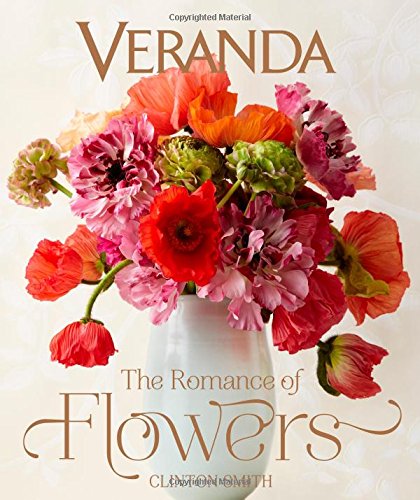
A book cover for Veranda The Romance of Flowers; Clinton Smith; Crafts, Hobbies & Home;